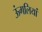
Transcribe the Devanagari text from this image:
ऊंगलियां